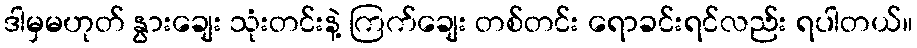
ဒါမှမဟုတ် နွားချေး သုံးတင်းနဲ့ ကြက်ချေး တစ်တင်း ရောခင်းရင်လည်း ရပါတယ်။